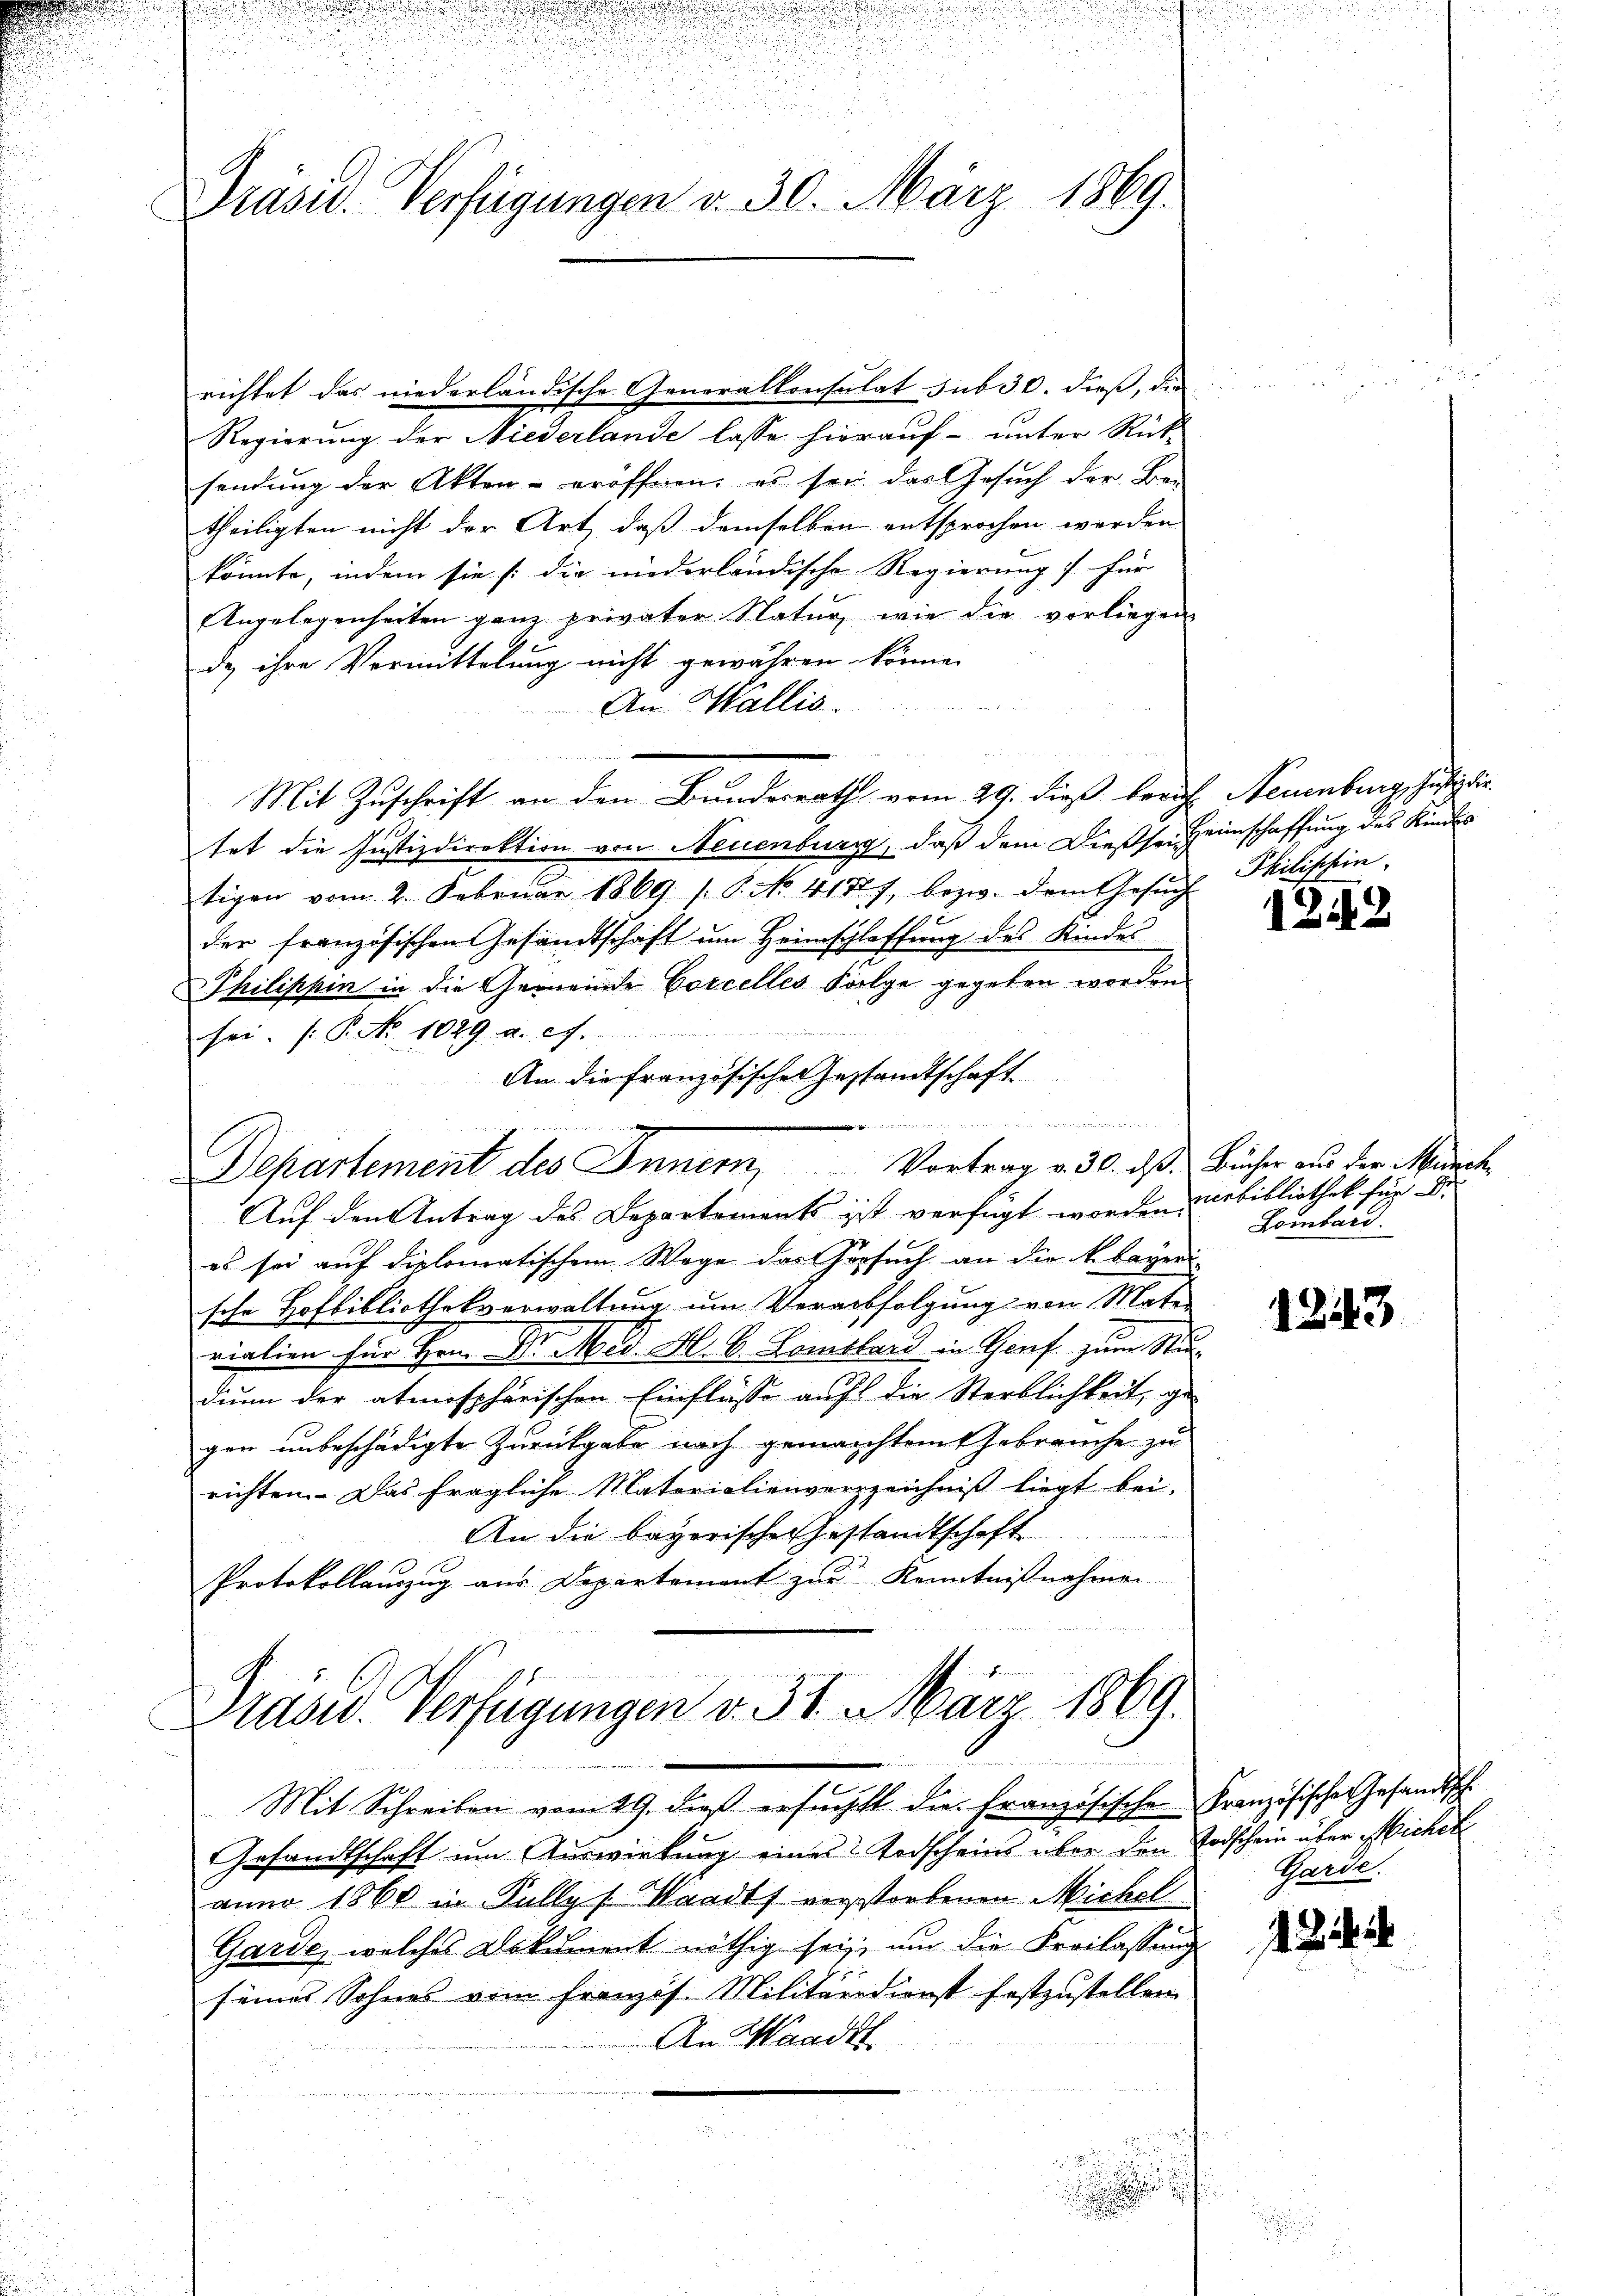
u

d
.
u

a
n
n

Präsid. Verfügungen d. 30. März 1869.

Regierung der Niederlande lasse hierauf- unter Rück-
sendung der Akten - eröffnen, es sei das Gesuch der Be-
theiligten nicht der Art, daß demselben entsprochen werden
könnte, indem sie s. die niederländische Regierung für
Angelegenheiten ganz privater Natur, wie die vorliegen
de ihre Vermittelung nicht gewähren könne.
An Wallis.
Mit Zuschrift an den Bundesrath vom 29. dieß berich Neuenburg, Justizdir
tet die Justizdirektion von Neuenburg, daß dem Diessen Heimschaffung des Kindes
tigen vom 2. Februar 1869 s. S. No. 4177, bezw. dem Gesŭch
der französischen Gesandtschaft um Heimschlaffung des Kindes
Philippin in die Gemeinde Corcelles Folge gegeben worden
sei. (: P. Nr. 1029. a. c.
An die französischen Gestandtschaft

Departement des Innern, Vortrag v. 30. daß Bücher aus der March
Auf den Antrag des Departements ist verfügt worden Bebibliothek für d.
es sei auf diplomatischem Wage das Vorsuch an die k. bayeri-
sche Hofbibliothekverwaltung um Verabfolgung von Mate-
i
vialien für Hrn. Dr. Med. H. B. Lombard in Genf zum Stu-
dium der atmosphärischen Einflüsse auf die Sterblichkeit, ge-
gen unbeschädigte Zurückgabe nach gemachtem Gebrauche zu
richten. Das fragliche Materialienverzeichniß liegt bei.
An die bayerischen Gestandtschaft
Protokollauszug aus Departement zur Kenntnißnahmen

richtet das niederländische Generalkonsulat sub 30. dieß, die

Prasw. Verfügungen d. 31. März 1869.

Mit Schreiben vom 29. dieß ersucht die Französischen Französische Gesandtsch
Gesandtschaft um Auswirkung eines Todscheins über den Todschein über Michel
anno 1860 in Fully s Waadt verstorbenen Michel
Garde, welches Dokument nöthig sei, um die Freilassung
seines Sohnes vom Franzis. Militärdienst festzustellen
An Waadt
¬

de
n

.

Philischein

122

Lombard.

1243.

Garde.